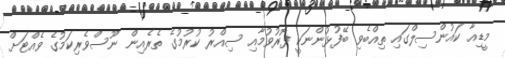
މީޑިއާ ކައުންސިލްގައި ތިއްބެވި ބޭފުޅުންނަކީ ފޮރުވުމާއި ސިއްރު ކުރުމުގެ ތެރެއިން ނޫސްވެރިކަމުގެ ވެއްޓަށް